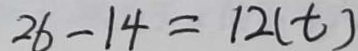
2 6 - 1 4 = 1 2 ( t )